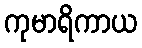
ကုမာရိကာယ